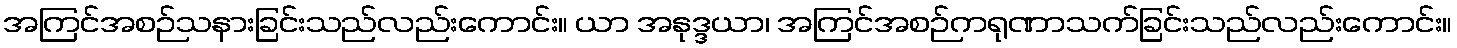
အကြင်အစဉ်သနားခြင်းသည်လည်းကောင်း။ ယာ အနုဒ္ဒယာ၊ အကြင်အစဉ်ကရုဏာသက်ခြင်းသည်လည်းကောင်း။